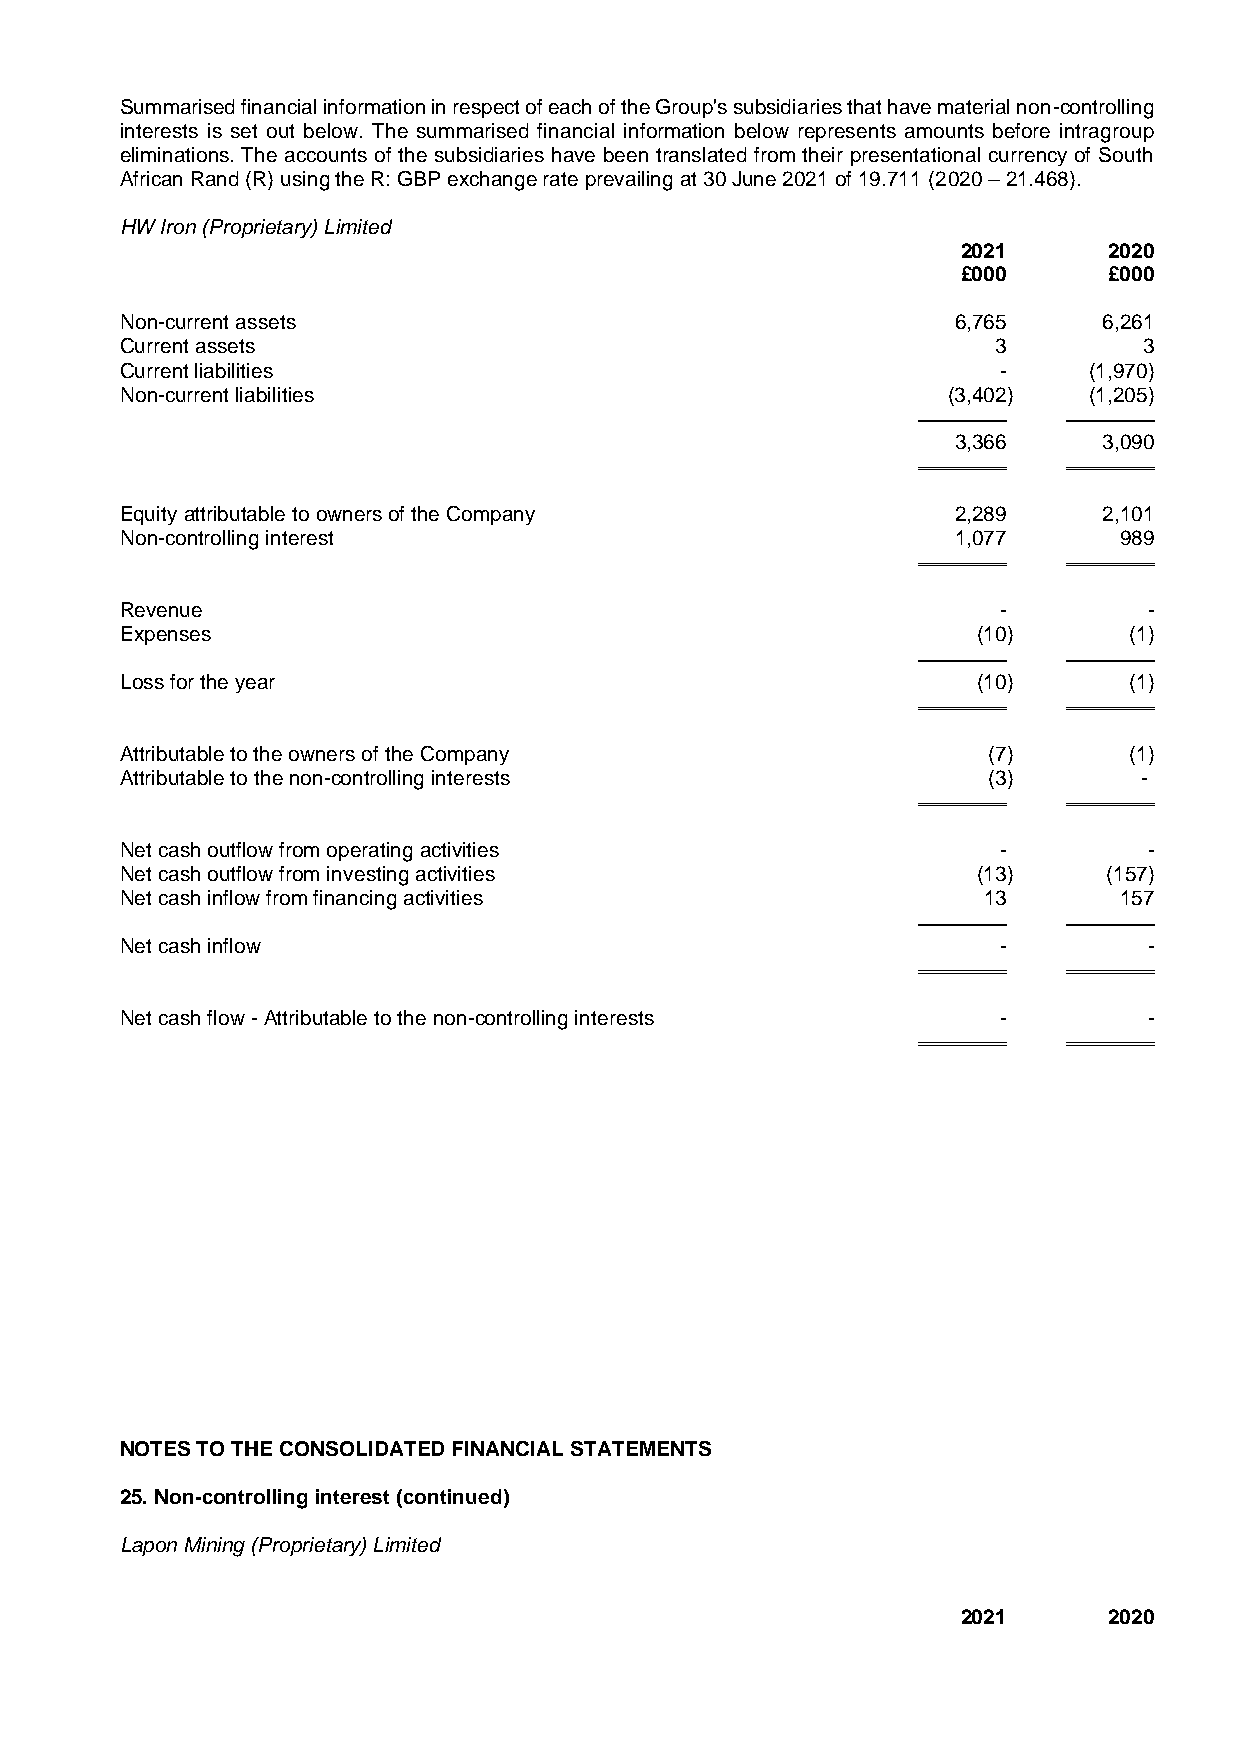
Summarised financial information in respect of each of the Group's subsidiaries that have material non-controlling
 interests is set out below. The summarised financial information below represents amounts before intragroup
 eliminations. The accounts of the subsidiaries have been translated from their presentational currency of South
 African Rand (R) using the R: GBP exchange rate prevailing at 30 June 2021 of 19.711 (2020 – 21.468).
 HW Iron (Proprietary) Limited
 2021     2020
 £000     £000
 Non-current assets                                     6,765     6,261
 Current assets                                            3         3
 Current liabilities                                       -     (1,970)
 Non-current liabilities                                (3,402)  (1,205)
 3,366     3,090
 Equity attributable to owners of the Company           2,289     2,101
 Non-controlling interest                               1,077      989
 Revenue                                                   -         -
 Expenses                                                 (10)      (1)
 Loss for the year                                        (10)      (1)
 Attributable to the owners of the Company                (7)       (1)
 Attributable to the non-controlling interests            (3)       -
 Net cash outflow from operating activities                -         -
 Net cash outflow from investing activities               (13)    (157)
 Net cash inflow from financing activities                13       157
 Net cash inflow                                           -         -
 Net cash flow - Attributable to the non-controlling interests -     -
 NOTES TO THE CONSOLIDATED FINANCIAL STATEMENTS
 25. Non-controlling interest (continued)
 Lapon Mining (Proprietary) Limited
 2021     2020